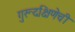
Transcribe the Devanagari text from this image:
गुरूदक्षिणेची